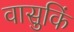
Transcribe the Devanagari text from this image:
वासुकिं